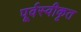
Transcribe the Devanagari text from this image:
पूर्वस्वीकृत